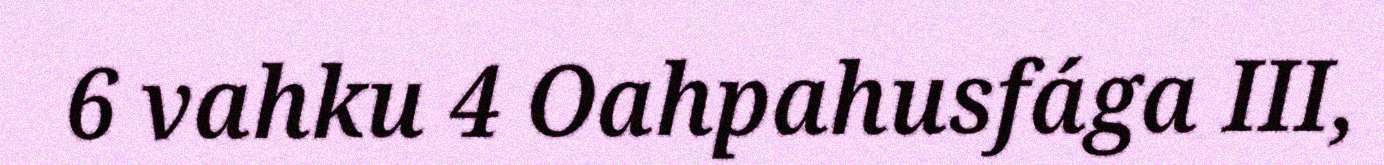
6 vahku 4 Oahpahusfága III,